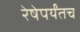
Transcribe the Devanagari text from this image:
रेषेपर्यंतच